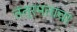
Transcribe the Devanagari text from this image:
तंत्रमताचा